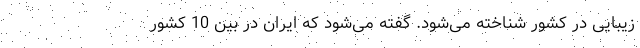
زیبایی در کشور شناخته می‌شود. گفته می‌شود که ایران در بین 10 کشور